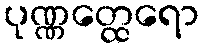
ပုဏ္ဏတ္ထေရော